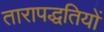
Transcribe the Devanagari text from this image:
तारापद्धतियों